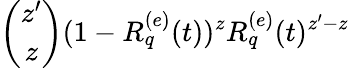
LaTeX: \binom{z^{\prime}}{z}(1-R_{q}^{(e)}(t))^{z}R_{q}^{(e)}(t)^{z^{\prime}-z}